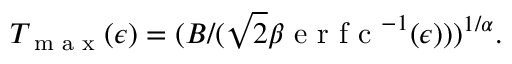
\begin{array} { r } { T _ { \textrm { m a x } } ( \epsilon ) = ( B / ( \sqrt { 2 } \beta \textrm { e r f c } ^ { - 1 } ( \epsilon ) ) ) ^ { 1 / \alpha } . } \end{array}